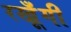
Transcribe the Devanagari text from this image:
रखूँगी